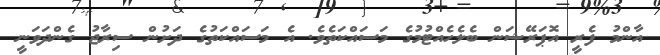
އާންމު ފެރީ އޮޕަރޭޝަން ބެލެހެއްޓުމުގެ މަސައްކަތެވެ. އެ މަސައްކަތުގެ ދަށުން ސިރާޖު ގެންދަވަނީ